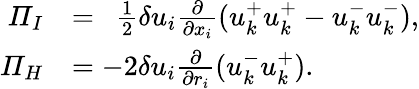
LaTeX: \begin{array}{rl}{\mathit{\Pi}_{I}}&{=\ \ \frac{1}{2}\delta u_{i}\frac{\partial}{\partial x_{i}}(u_{k}^{+}u_{k}^{+}-u_{k}^{-}u_{k}^{-}),}\\ {\mathit{\Pi}_{H}}&{=-2\delta u_{i}\frac{\partial}{\partial r_{i}}(u_{k}^{-}u_{k}^{+}).}\end{array}